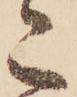
こ